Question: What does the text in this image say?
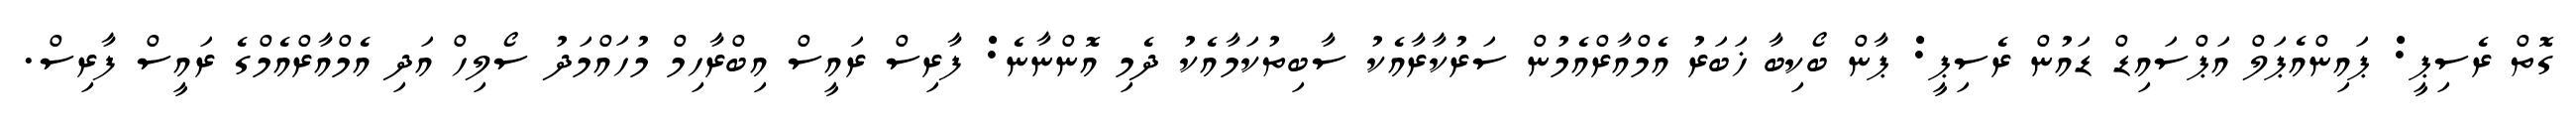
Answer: ގޮތް ރެސިޕީ: ޕައިންއެޕަލް އަޕްސައިޑް ޑައުން ރެސިޕީ: ޕާން ބޯކިބާ ޚަބަރު އެމްއާރްއެމުން ސަރުކާރާއެކު ސާބިތުކަމާއެކު ދެމި އޮންނާނެ: ފާރިސް ރައީސް އިބްރާހިމް މުހައްމަދު ސޯލިހް އަދި އެމްއާރްއެމްގެ ރައީސް ފާރިސް.